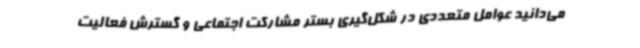
می‌دانید عوامل متعددی در شکل‌گیری بستر مشارکت اجتماعی و گسترش فعالیت